Indian journal of veterinary science and animal husbandry - Volume 5,
Year: 1935
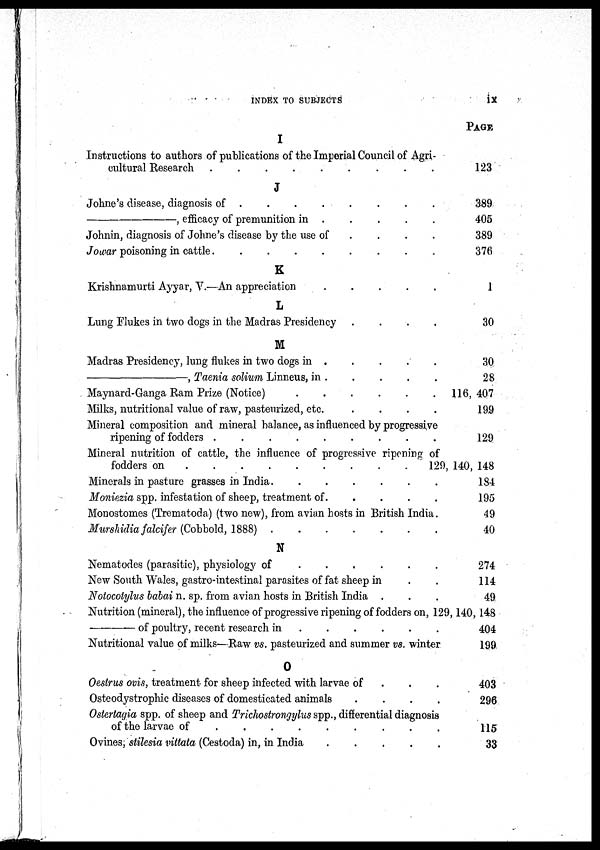
INDEX TO SUBJECTS
ix
I
Instructions to authors of publications of the Imperial Council of Agri-
cultural Research
.
.
.
.
.
.
.
.
J
Johne's disease, diagnosis of
.
.
.
.
.
.
.
.
—,
efficacy of premunition in . . . . . . . .
Johnin, diagnosis of Johne's disease by the use of . . . . . . . .
Jowar poisoning in cattle
.
.
.
.
.
.
.
.
K
Krishnamurti Ayyar, V.—An appreciation . . . . . . . .
L
Lung Flukes in two dogs in the Madras Presidency . . . . . . . .
M
Madras Presidency, lung flukes in two dogs in . . . . . . . .
—,
Taenia solium Linneus, in . . . . . . . .
Maynard-Ganga Ram Prize (Notice)
.
.
.
.
.
.
.
.
Milks, nutritional value of raw, pasteurized, etc. . . . . . . . .
Mineral composition and mineral balance, as influenced by progressive
ripening of fodders
.
.
.
.
.
.
.
.
Mineral nutrition of cattle, the influence of progressive ripening of
fodders on
.
.
.
.
.
.
.
.
Minerals in pasture grasses in India.
.
.
.
.
.
.
.
.
Moniezia spp. infestation of sheep, treatment of. . . . . . . . .
Monostomes (Trematoda) (two new), from avian hosts in British India.
Murshidia falcifer (Cobbold, 1888)
.
.
.
.
.
.
.
.
N
Nematodes (parasitic), physiology of . . . . . . . .
New South Wales, gastro-intestinal parasites of fat sheep in . .
Notocolylus babai n. sp. from avian hosts in British India . . .
Nutrition (mineral), the influence of progressive ripening of fodders on,
—of
poultry, recent research in . . . . . . . .
Nutritional value of milks—Raw vs. pasteurized and summer vs. winter
O
Oestrus ovis, treatment for sheep infected with larvae of . . .
Osteodystrophic diseases of domesticated animals . . . . . . . .
Ostertagia spp. of sheep and Trichostrongylus spp., differential diagnosis
of the larvae of
.
.
.
.
.
.
.
.
Ovines, stilesia vittata (Cestoda) in, in India . . . . . . . .
PAGE
123
389
405
389
376
1
30
30
28
116, 407
199
129
129, 140, 148
184
195
49
40
274
114
49
129, 140, 148
404
199
403
296
115
33